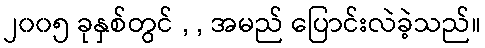
၂၀၀၅ ခုနှစ်တွင် , , အမည် ပြောင်းလဲခဲ့သည်။